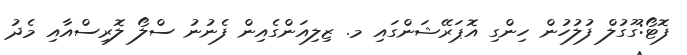
ފޮޓޯ:ގޫގުލް ފުލުހުން ހިންގި އޮޕަރޭޝަންގައި މ. ޒިލިއަންގެއިން ފެނުނު ސްލޯ ލޮރިސްއާއި މެދު